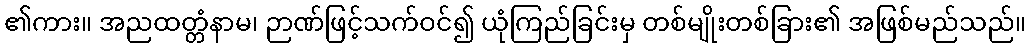
၏ကား။ အညထတ္တံနာမ၊ ဉာဏ်ဖြင့်သက်ဝင်၍ ယုံကြည်ခြင်းမှ တစ်မျိုးတစ်ခြား၏ အဖြစ်မည်သည်။